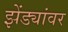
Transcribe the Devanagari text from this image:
झेंड्यांवर